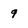
Character: 9